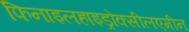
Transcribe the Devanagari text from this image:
फिनाइलहाइड्रोक्सीलएमीन